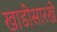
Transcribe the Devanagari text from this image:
खाडीसारखे